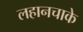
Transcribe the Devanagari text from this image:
लहानचाके